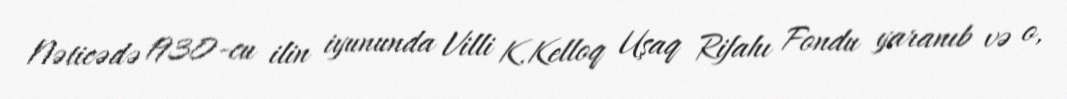
Nəticədə 1930-cu ilin iyununda Villi K.Kelloq Uşaq Rifahı Fondu yaranıb və o,